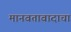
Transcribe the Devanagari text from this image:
मानवतावादाचा